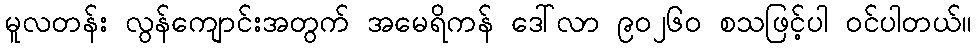
မူလတန်း လွန်ကျောင်းအတွက် အမေရိကန် ဒေါ်လာ ၉ဝ၂၆ဝ စသဖြင့်ပါ ဝင်ပါတယ်။